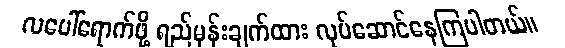
လပေါ်ရောက်ဖို့ ရည်မှန်းချက်ထား လုပ်ဆောင်နေကြပါတယ်။